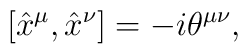
[\hat{x}^{\mu},  \hat{x}^{\nu}] = - i \theta^{\mu \nu},